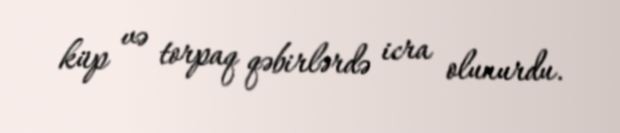
küp və torpaq qəbirlərdə icra olunurdu.